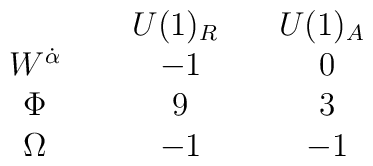
\begin{array}{ccc}                                        & ~U(1)_R~~   & ~U(1)_A~~ \\ ~~~W^{\dot\alpha}~~~       &    -1       &    0      \\ ~~~\Phi~~~                 &    9        &    3      \\ ~~~\Omega~~~               &    -1       &    -1     \\\end{array}